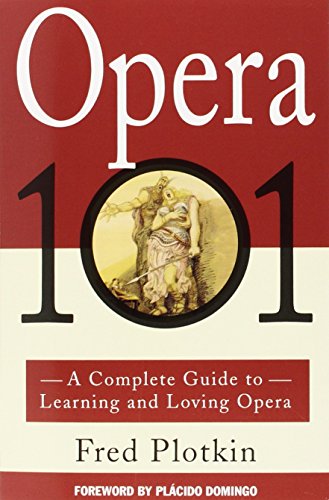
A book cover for Opera 101: A Complete Guide to Learning and Loving Opera; Fred Plotkin; Arts & Photography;